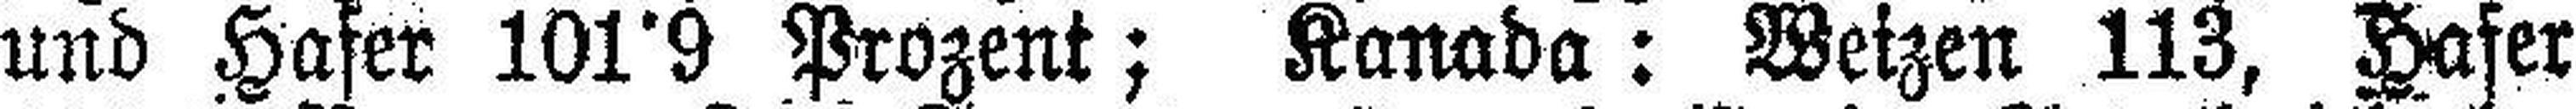
und Hafer 101°9 Prozent; Kanada: Weizen 113, Hafer